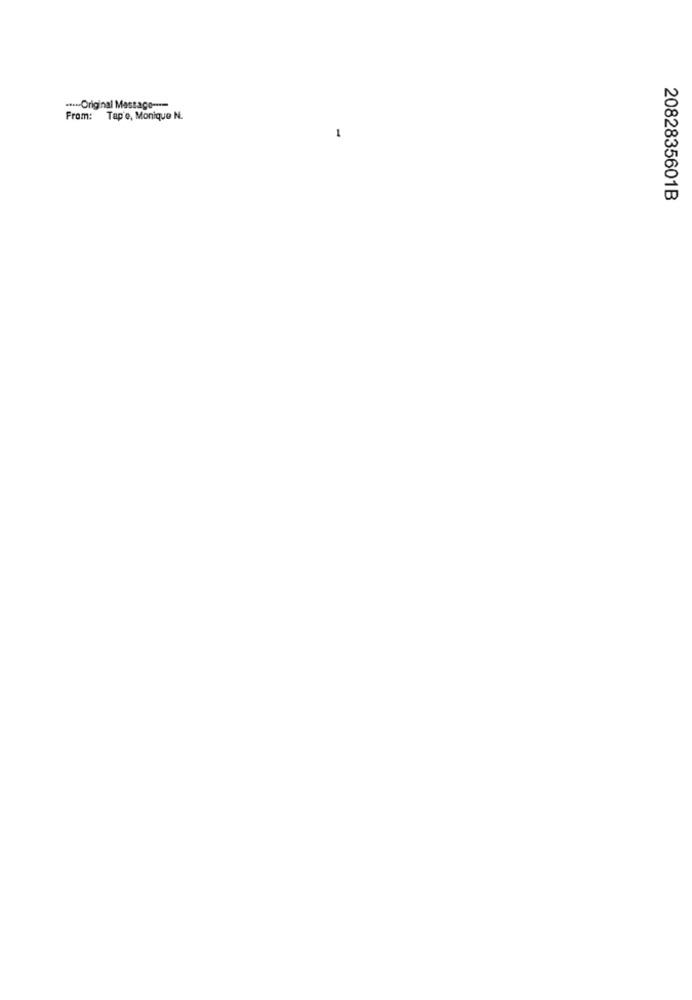
****- Original Message ----
From: Tap'e, Monique N.
-
2082835601B